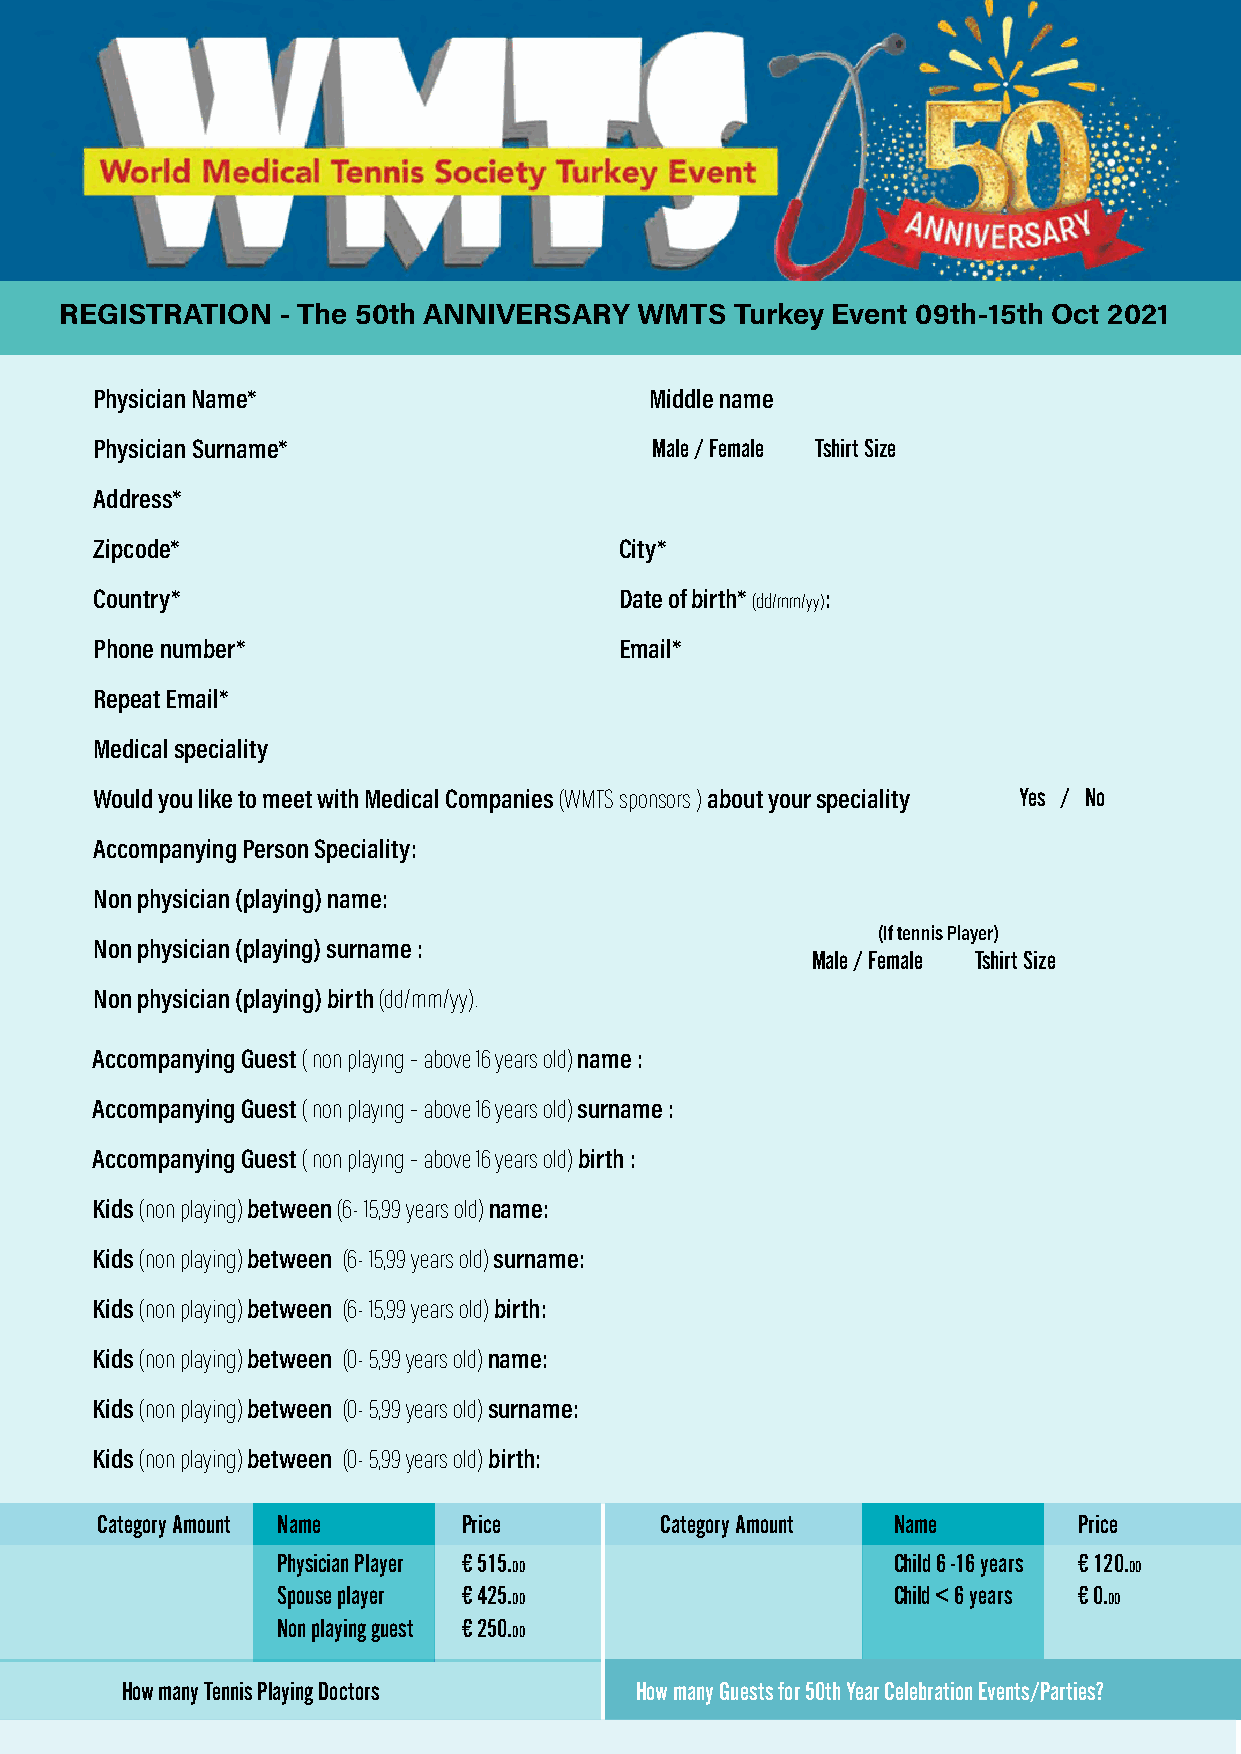
REGISTRATION  - The 50th ANNIVERSARY  WMTS   Turkey Event 09th-15th Oct 2021
 Physician Name*                      Middle name
 Physician Surname*                   Male / Female Tshirt Size
 Address*
 Zipcode*                           City*
 Country*                           Date of birth* (dd/mm/yy):
 Phone number*                      Email*
 Repeat Email*
 Medical speciality
 Would you like to meet with Medical Companies (WMTS sponsors ) about your speciality Yes / No
 Accompanying Person Speciality:
 Non physician (playing) name:
 (If tennis Player)
 Non physician (playing) surname :
 Male / Female Tshirt Size
 Non physician (playing) birth (dd/mm/yy):
 Accompanying Guest ( non playıng – above 16 years old) name :
 Accompanying Guest ( non playıng – above 16 years old) surname :
 Accompanying Guest ( non playıng – above 16 years old) birth :
 Kids (non playing) between (6- 15,99 years old) name:
 Kids (non playing) between (6- 15,99 years old) surname:
 Kids (non playing) between (6- 15,99 years old) birth:
 Kids (non playing) between (0- 5,99 years old) name:
 Kids (non playing) between (0- 5,99 years old) surname:
 Kids (non playing) between (0- 5,99 years old) birth:
 Category Amount Name     Price        Category Amount Name       Price
 Physician Player € 515.                  Child 6 -16 years € 120.
 00                                       00
 Spouse player € 425.                     Child < 6 years € 0.
 00                                     00
 Non playing guest € 250.
 00
 How many Tennis Playing Doctors   How many Guests for 50th Year Celebration Events/Parties?